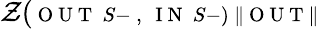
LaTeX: \mathcal{Z}(\scriptsize{\mathrm{~O~U~T~}}\; S-\; ,\; \scriptsize{\mathrm{~I~N~}}\; S-)\; \| \scriptsize{\mathrm{~O~U~T~}}\|